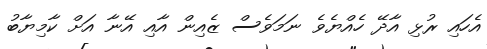
އެހައި ރުޅި އާދޭ ހެއްޔެވެ ނަމަވެސް ޒެއިން އާއި އޭނާ އަށް ކާމިޔާބު